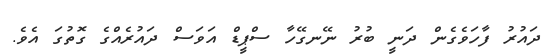
ދައުރު ފާހަވެގެން ދަނީ ބުރު ނޭނގޭހާ ސްޕީޑް އަވަސް ދައުރެއްގެ ގޮތުގަ އެވެ.